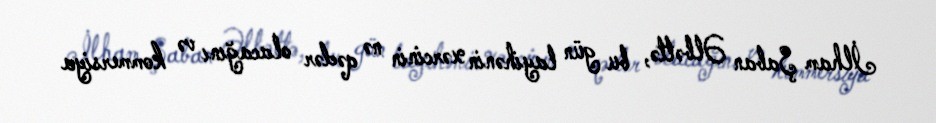
İlham Şaban Əlbəttə, bu gün layihənin xərcinin nə qədər olacağını və kommersiya